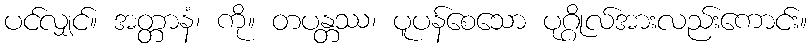
ပင်လျှင်။ အတ္တာနံ၊ ကို။ တပန္တဿ၊ ပူပန်စေသော ပုဂ္ဂိုလ်အားလည်းကောင်း။